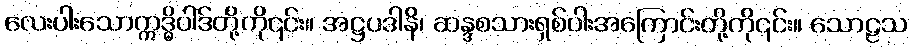
လေးပါးသောဣဒ္ဓိပါဒ်တို့ကို၎င်း။ အဋ္ဌပဒါနိ၊ ဆန္ဒစသားရှစ်ပါးအကြောင်းတို့ကို၎င်း။ သောဠသ